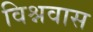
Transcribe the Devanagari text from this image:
विश्नवास